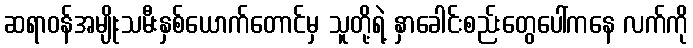
ဆရာဝန်အမျိုးသမီးနှစ်ယောက်တောင်မှ သူတို့ရဲ့ နှာခေါင်းစည်းတွေပေါ်ကနေ လက်ကို